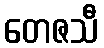
တေဇသီ